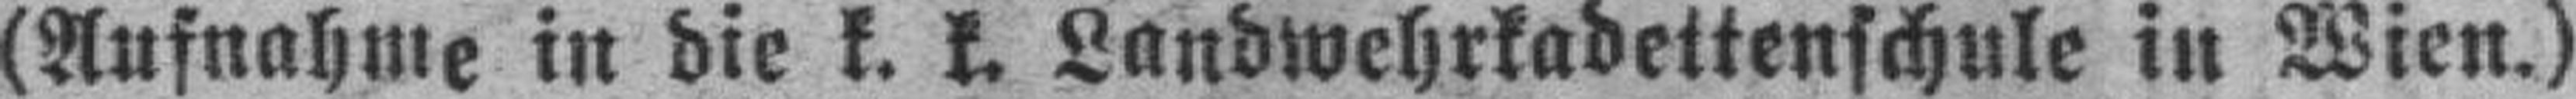
(Aufnahme in die k. k. Landwehrkadettenschule in Wien.)